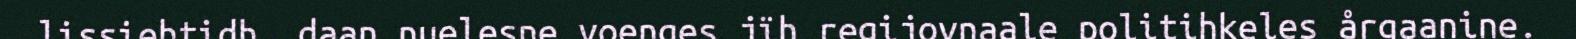
lissiehtidh, daan nuelesne voenges jïh regijovnaale politihkeles årgaanine.